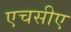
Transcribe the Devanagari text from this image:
एचसीए